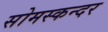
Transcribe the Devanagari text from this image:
सोमस्कन्दर